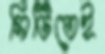
সিটিতেই